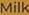
Milk